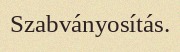
Szabványosítás.